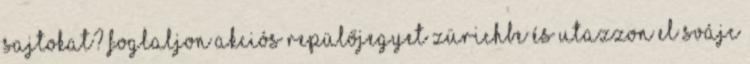
sajtokat? Foglaljon akciós repülőjegyet Zürichbe és utazzon el Svájc